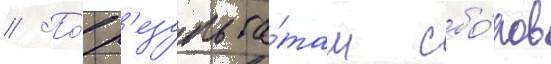
// По́ р'езульта́там сбо́ров